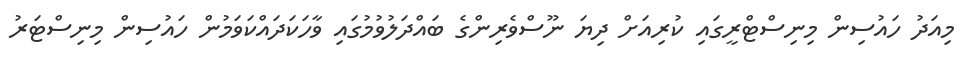
މިއަދު ހައުސިން މިނިސްޓްރީގައި ކުރިއަށް ދިޔަ ނޫސްވެރިންގެ ބައްދަލުވުމުގައި ވާހަކަދައްކަވަމުން ހައުސިން މިނިސްޓަރު